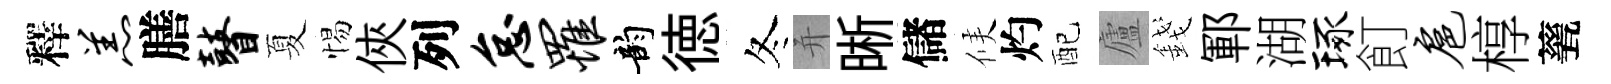
釋羔膳瞽夏惕俠列怠罹韵徳冬并晰儲候灼配廬錢鄆湖琢飣扈椁甆